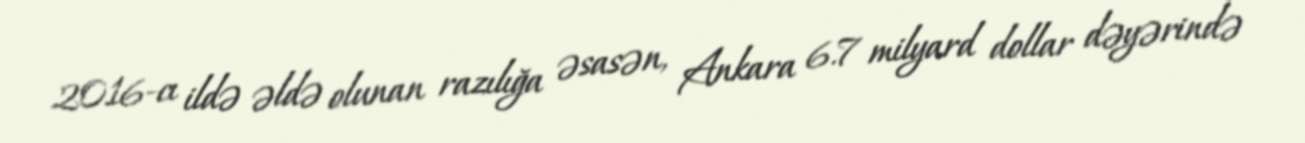
2016-cı ildə əldə olunan razılığa əsasən, Ankara 6.7 milyard dollar dəyərində